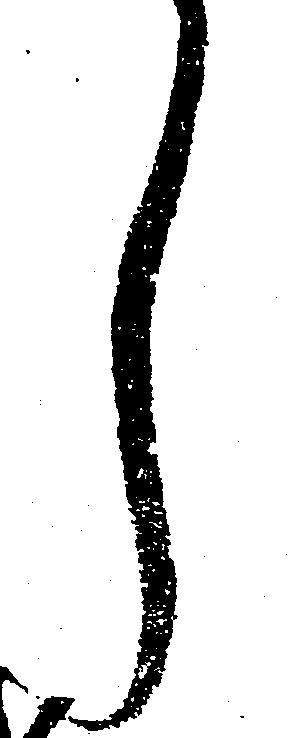
し